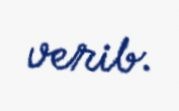
verib.